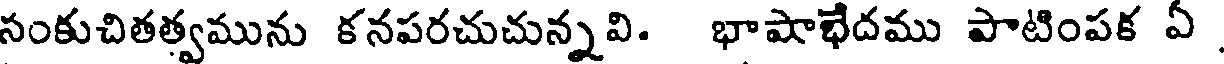
సంకుచితత్వమును కనపరచుచున్నవి. భాషాభేదము పాటింపక ఏ